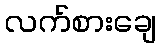
လက်စားချေ